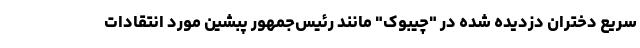
سریع دختران دزدیده شده در "چیبوک" مانند رئیس‌جمهور پبشین مورد انتقادات